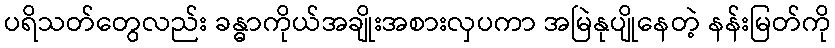
ပရိသတ်တွေလည်း ခန္ဓာကိုယ်အချိုးအစားလှပကာ အမြဲနုပျိုနေတဲ့ နန်းမြတ်ကို